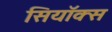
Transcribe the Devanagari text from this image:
सियॉक्स